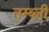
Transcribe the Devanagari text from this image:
तम्ब्ली